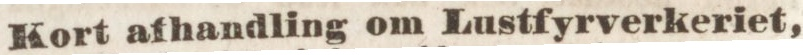
Kort afhandling om Lustfyrverkeriet,